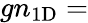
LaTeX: gn_{\mathrm{1D}}=